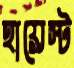
হায়েস্ট